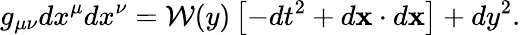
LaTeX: g_{\mu\nu}dx^{\mu}dx^{\nu}={\cal W}(y)\left[-dt^{2}+d{\mathbf x}\cdot d{\mathbf x}\right]+dy^{2}.